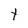
Character: t